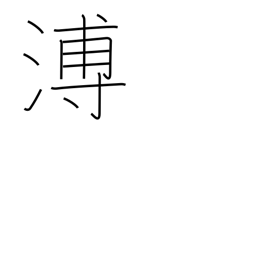
Meaning: far and wide